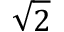
\sqrt { 2 }